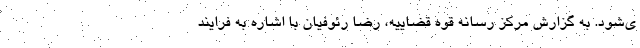
ی‌شود. به گزارش مرکز رسانه قوه قضاییه، رضا رئوفیان با اشاره به فرایند